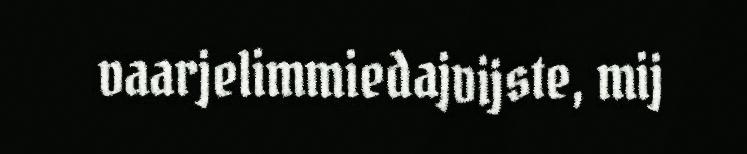
vaarjelimmiedajvijste, mij